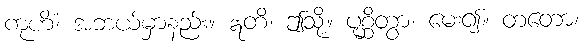
ကုဟိံ၊ အဘယ်မှာနည်း။ ဣတိ၊ ဤသို့။ ပုစ္ဆိတွာ၊ မေး၍။ တတော၊